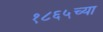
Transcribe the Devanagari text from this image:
१८६५च्या